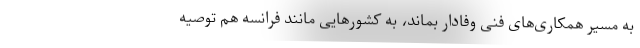
به مسیر همکاری‌های فنی وفادار بماند، به کشورهایی مانند فرانسه هم توصیه